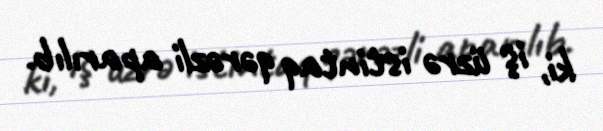
ki, iş üzrə istintaq qərəzli aparılıb.